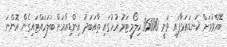
ބޭއްވުމަށް ކަނޑައަޅާފައި ވަނީ 36000 ކިލޯމީޓަރު އުހުގައި ތާއަބަދު އިންޑިއާއަށް ބަލަހައްޓައިގެން އޮންނަ